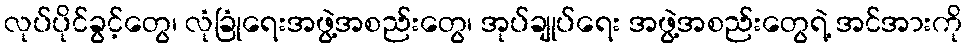
လုပ်ပိုင်ခွင့်တွေ၊ လုံခြုံရေးအဖွဲ့အစည်းတွေ၊ အုပ်ချုပ်ရေး အဖွဲ့အစည်းတွေရဲ့ အင်အားကို